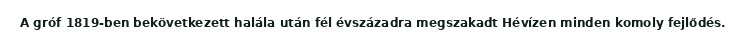
A gróf 1819-ben bekövetkezett halála után fél évszázadra megszakadt Hévízen minden komoly fejlődés.